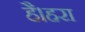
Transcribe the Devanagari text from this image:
है।हरा